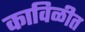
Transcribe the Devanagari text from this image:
काविळीत